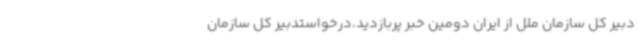
دبیر کل سازمان ملل از ایران دومین خبر پربازدید،‌درخواستدبیر کل سازمان